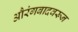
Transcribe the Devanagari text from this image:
औरंगबादवरून